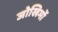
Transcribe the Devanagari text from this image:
जोखिमों